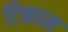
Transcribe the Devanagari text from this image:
टिकास